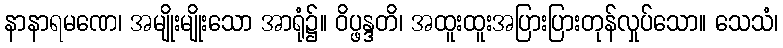
နာနာရမဏေ၊ အမျိုးမျိုးသော အာရုံ၌။ ဝိပ္ဖန္ဒတိ၊ အထူးထူးအပြားပြားတုန်လှုပ်သော။ သေသံ၊